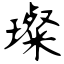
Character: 璨